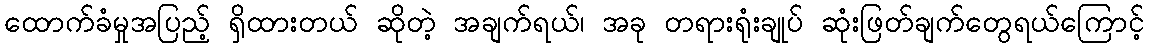
ထောက်ခံမှုအပြည့် ရှိထားတယ် ဆိုတဲ့ အချက်ရယ်၊ အခု တရားရုံးချုပ် ဆုံးဖြတ်ချက်တွေရယ်ကြောင့်